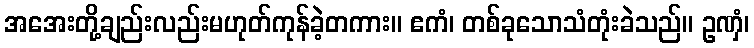
အအေးတို့ချည်းလည်းမဟုတ်ကုန်ခဲ့တကား။ ဧကံ၊ တစ်ခုသောသံတုံးခဲသည်။ ဥဏှံ၊